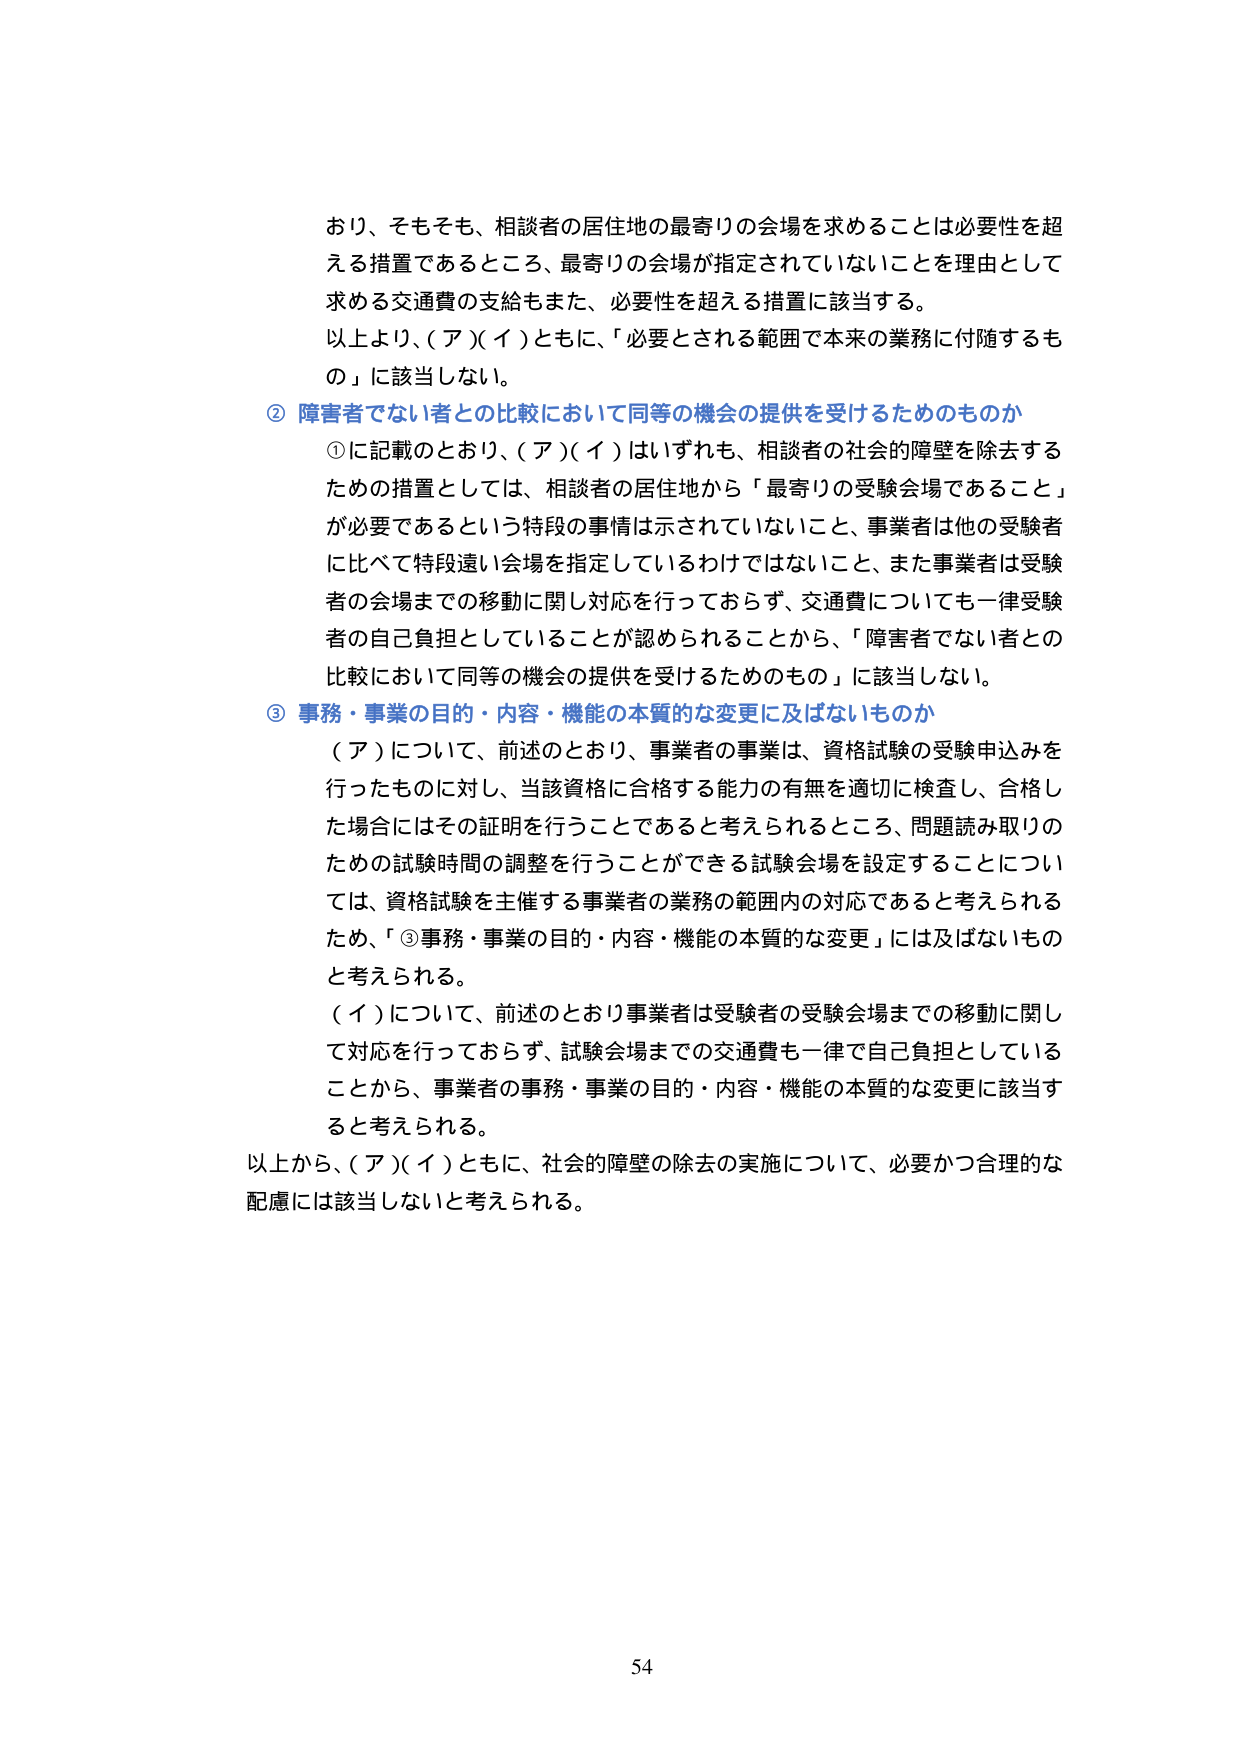
おり、そもそも、相談者の居住地の最寄りの会場を求めることは必要性を超える措置であるところ、最寄りの会場が指定されていないことを理由として求める交通費の支給もまた、必要性を超える措置に該当する。
以上より、（ア）（イ）ともに、「必要とされる範囲で本来の業務に付随するもの」に該当しない。
② 障害者でない者との比較において同等の機会の提供を受けるためのものか
①に記載のとおり、（ア）（イ）はいずれも、相談者の社会的障壁を除去するための措置としては、相談者の居住地から「最寄りの受験会場であること」が必要であるという特段の事情は示されていないこと、事業者は他の受験者に比べて特段遠い会場を指定しているわけではないこと、また事業者は受験者の会場までの移動に関し対応を行っておらず、交通費についても一律受験者の自己負担としていることが認められることから、「障害者でない者との比較において同等の機会の提供を受けるためのもの」に該当しない。
③ 事務・事業の目的・内容・機能の本質的な変更に及ばないものか
（ア）について、前述のとおり、事業者の事業は、資格試験の受験申込みを行ったものに対し、当該資格に合格する能力の有無を適切に検査し、合格した場合にはその証明を行うことであると考えられるところ、問題読み取りのための試験時間の調整を行うことができる試験会場を設定することについては、資格試験を主催する事業者の業務の範囲内の対応であると考えられるため、「③事務・事業の目的・内容・機能の本質的な変更」には及ばないものと考えられる。
（イ）について、前述のとおり事業者は受験者の受験会場までの移動に関して対応を行っておらず、試験会場までの交通費も一律で自己負担としていることから、事業者の事務・事業の目的・内容・機能の本質的な変更に該当すると考えられる。
以上から、（ア）（イ）ともに、社会的障壁の除去の実施について、必要かつ合理的な配慮には該当しないと考えられる。
54